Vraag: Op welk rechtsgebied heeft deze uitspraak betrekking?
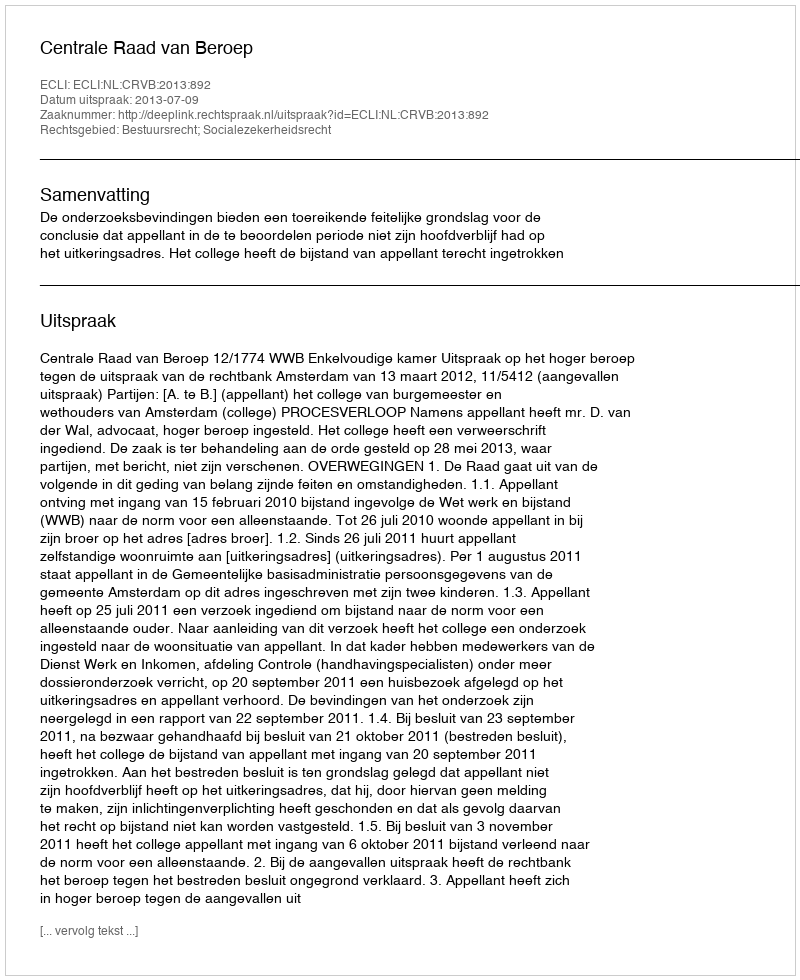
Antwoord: Bestuursrecht; Socialezekerheidsrecht